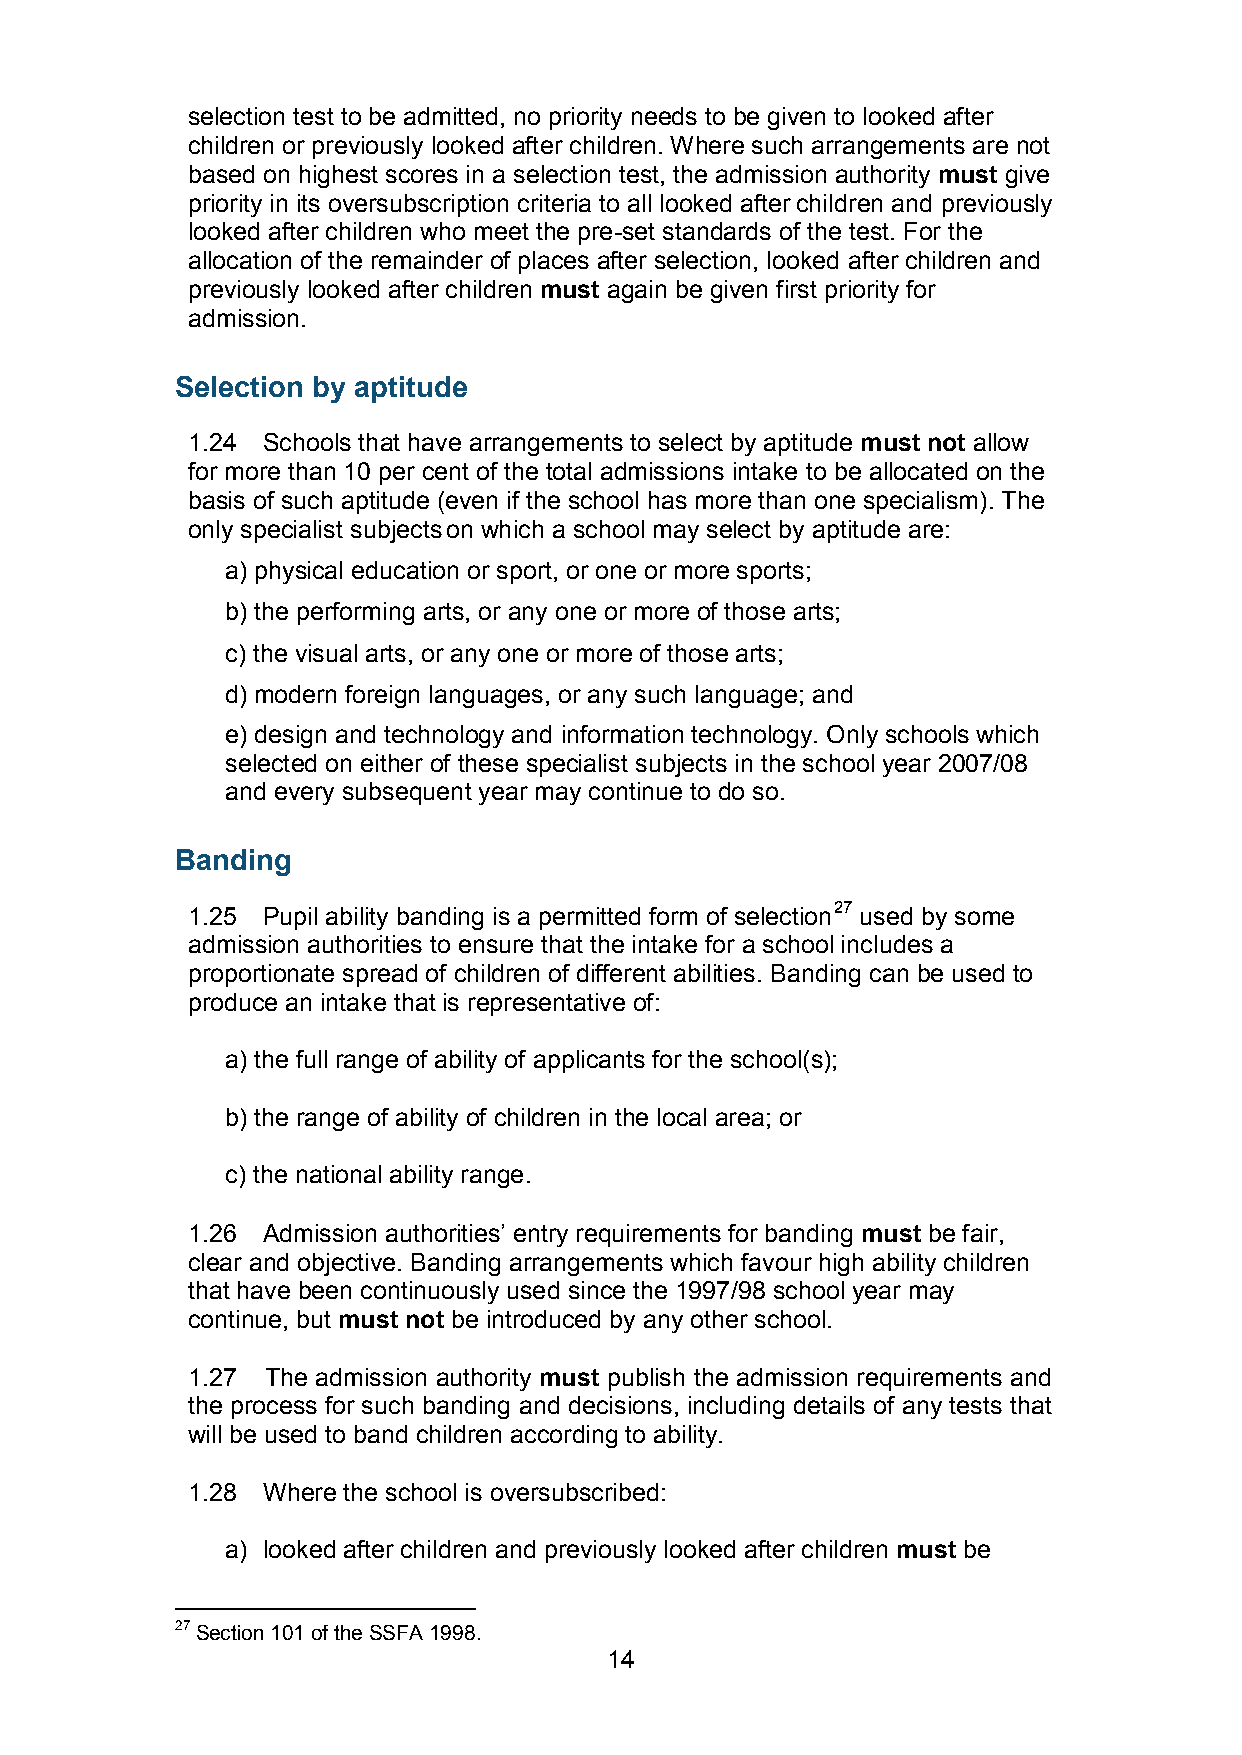
selection test to be admitted, no priority needs to be given to looked after
 children or previously looked after children. Where such arrangements are not
 based on highest scores in a selection test, the admission authority must give
 priority in its oversubscription criteria to all looked after children and previously
 looked after children who meet the pre-set standards of the test. For the
 allocation of the remainder of places after selection, looked after children and
 previously looked after children must again be given first priority for
 admission.
 Selection by aptitude
 1.24 Schools that have arrangements to select by aptitude must not allow
 for more than 10 per cent of the total admissions intake to be allocated on the
 basis of such aptitude (even if the school has more than one specialism). The
 only specialist subjects on which a school may select by aptitude are:
 a) physical education or sport, or one or more sports;
 b) the performing arts, or any one or more of those arts;
 c) the visual arts, or any one or more of those arts;
 d) modern foreign languages, or any such language; and
 e) design and technology and information technology. Only schools which
 selected on either of these specialist subjects in the school year 2007/08
 and every subsequent year may continue to do so.
 Banding
 1.25 Pupil ability banding is a permitted form of selection27 used by some
 admission authorities to ensure that the intake for a school includes a
 proportionate spread of children of different abilities. Banding can be used to
 produce an intake that is representative of:
 a) the full range of ability of applicants for the school(s);
 b) the range of ability of children in the local area; or
 c) the national ability range.
 1.26 Admission authorities’ entry requirements for banding must be fair,
 clear and objective. Banding arrangements which favour high ability children
 that have been continuously used since the 1997/98 school year may
 continue, but must not be introduced by any other school.
 1.27  The admission authority must publish the admission requirements and
 the process for such banding and decisions, including details of any tests that
 will be used to band children according to ability.
 1.28 Where the school is oversubscribed:
 a) looked after children and previously looked after children must be
 27 Section 101 of the SSFA 1998.
 14